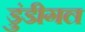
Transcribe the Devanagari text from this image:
डुंडीगल